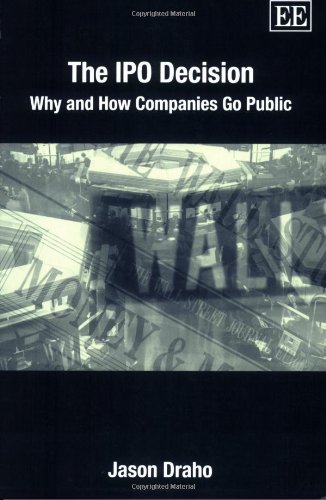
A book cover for The IPO Decision: Why and How Companies Go Public; Jason Draho; Business & Money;